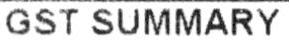
GST SUMMARY